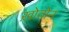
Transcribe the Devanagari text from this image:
ख़ोतोन